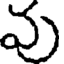
వు